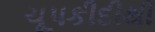
ચૂપકીદીથી